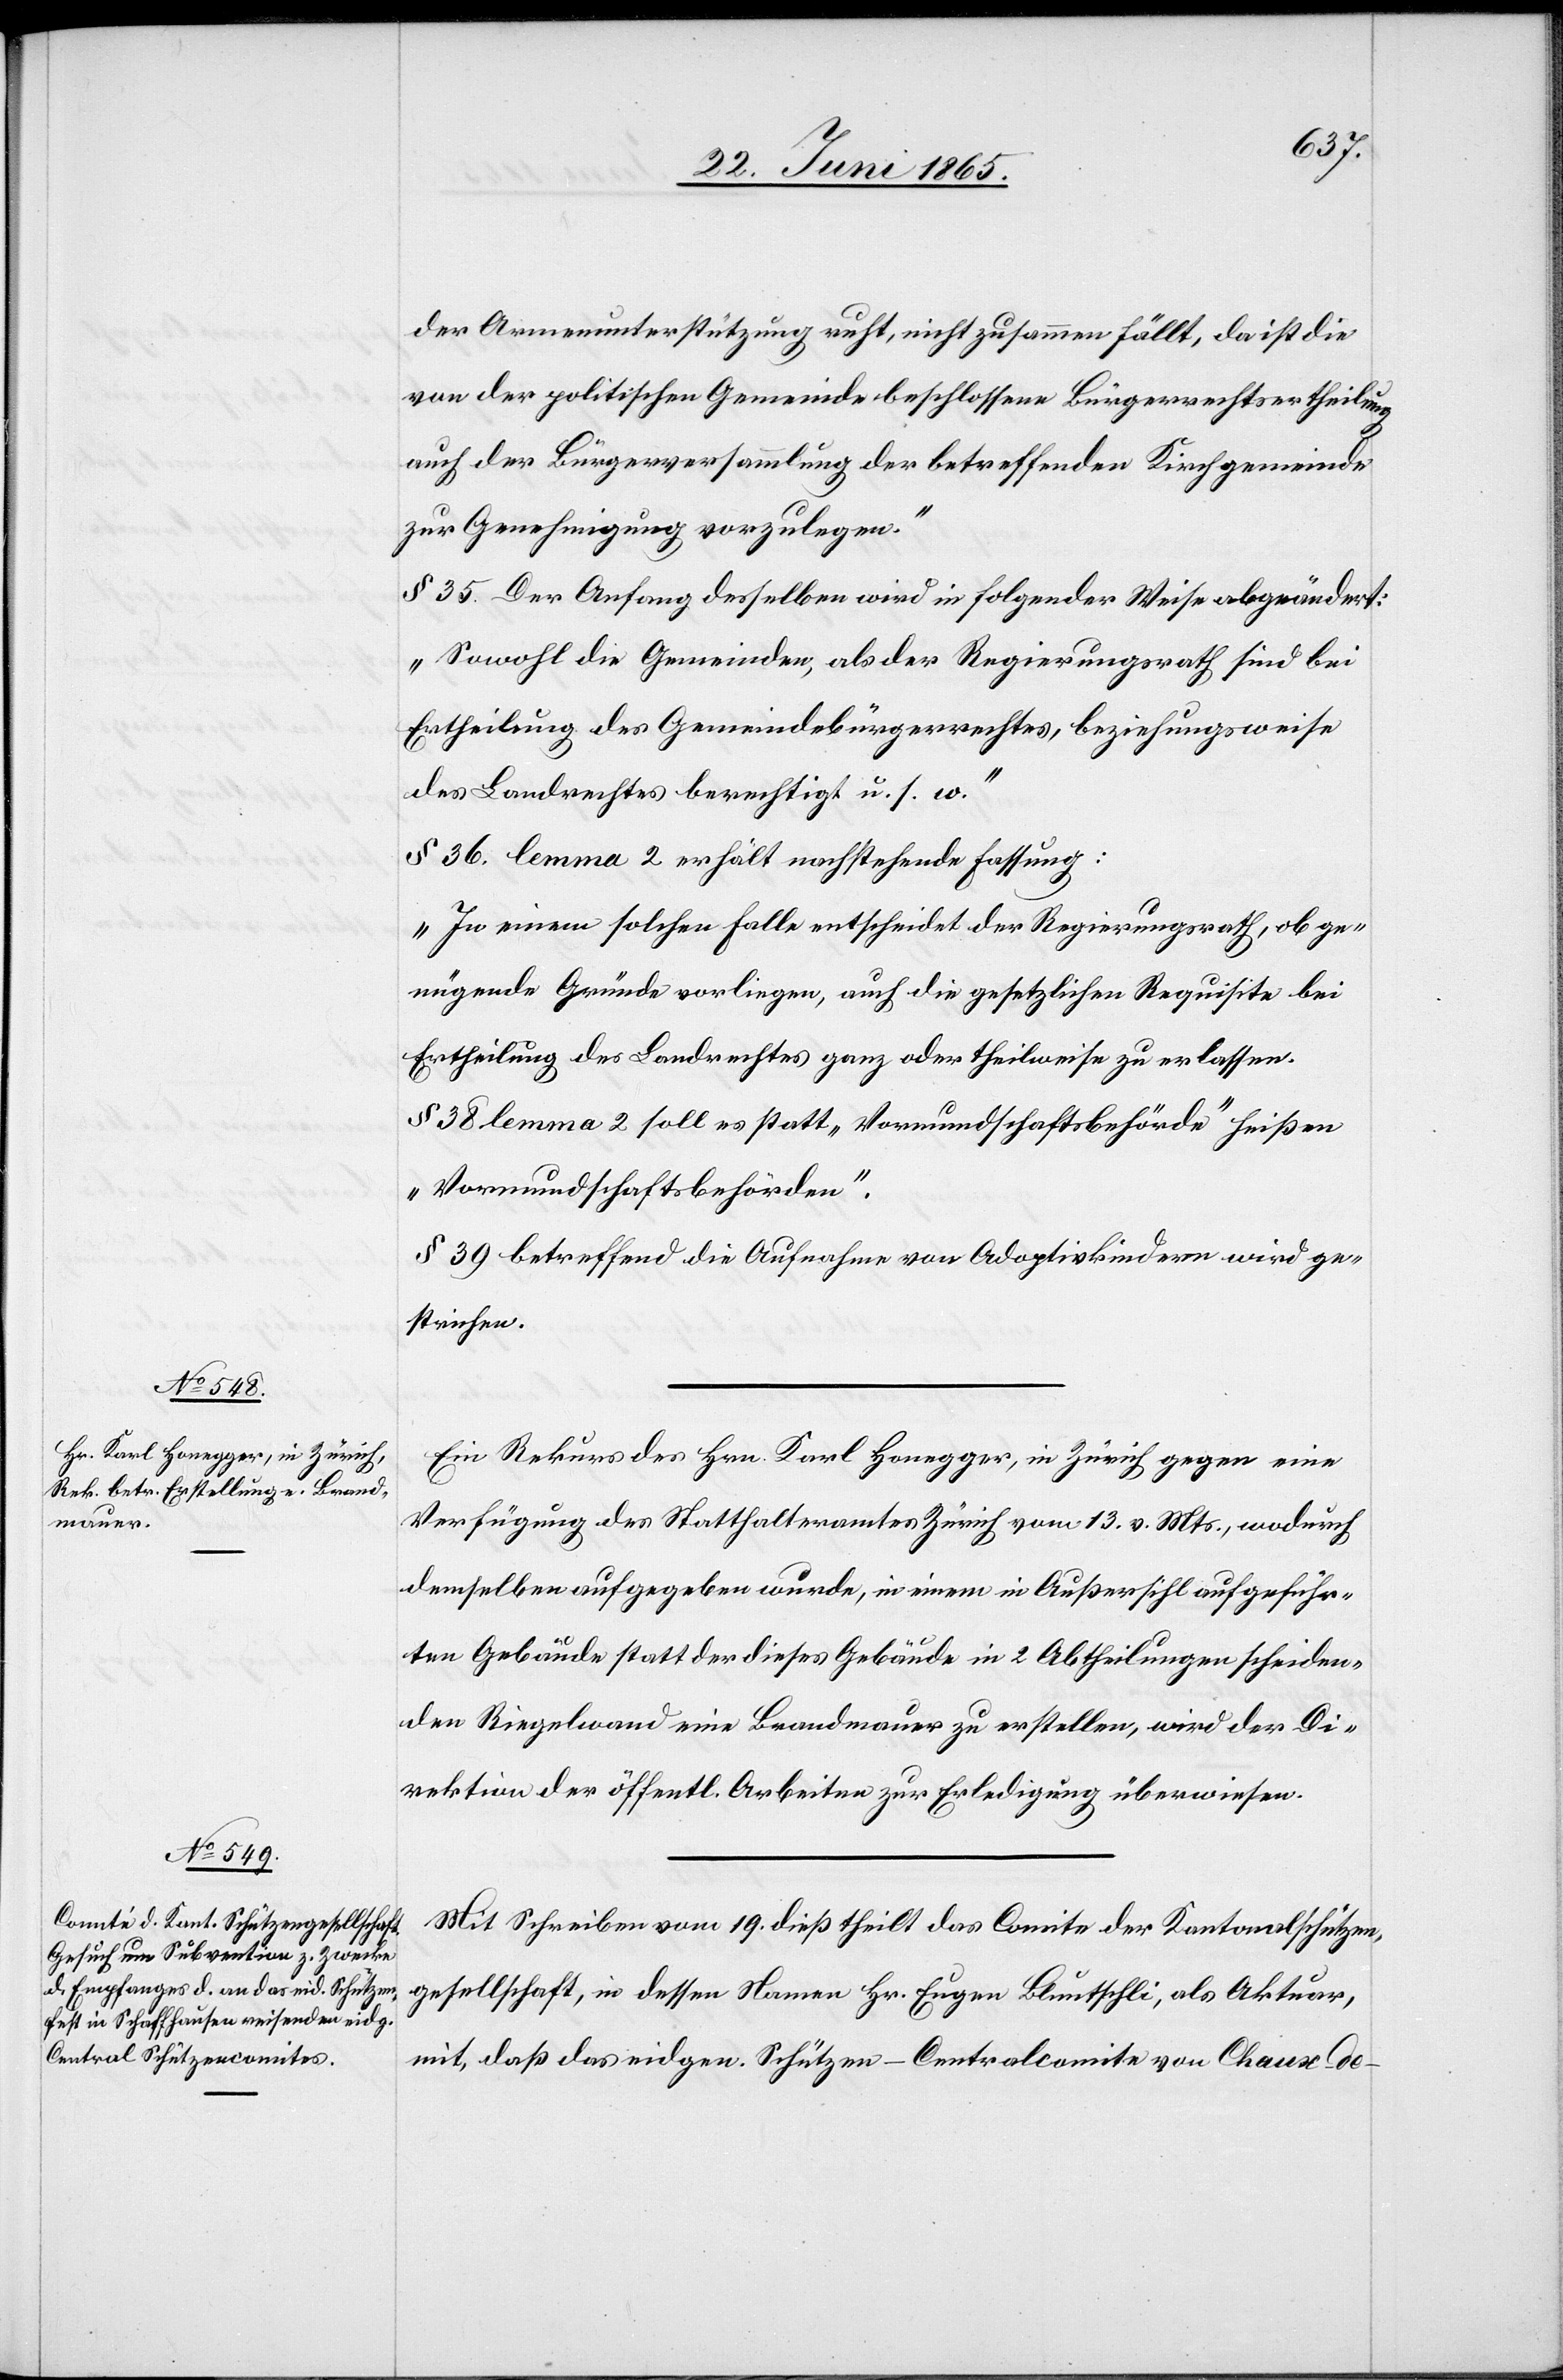
der Armenunterstützung ruht, nicht zusammen fällt, da ist die
von der politischen Gemeinde beschlossen Bürgerrechtsertheilung
auch der Bürgerversammlung der betreffenden Kirchgemeinde
zur Genehmigung vorzulegen.“
§ 35. Der Anfang desselben wird in folgender Weise abgeändert:
„Sowohl die Gemeinde, als der Regierungsrath sind bei
Ertheilung des Gemeindebürgerrechtes, beziehungsweise
des Landrechtes berechtigt u. s. w.“
§ 36. lemma 2 erhält nachstehende Fassung:
„In einem solchen Falle entscheidet der Regierungsrath, ob ge¬
nügende Gründe vorliegen, auch die gesetzlichen Requisite bei
Ertheilung des Landrechtes ganz oder theilweise zu erlassen.[“]
§ 38 lemma 2 soll es statt „Vormundschaftsbehörde“ heißen
„Vormundschaftsbehörden“.
§ 39 betreffend die Aufnahme von Adoptivkindern wird ge¬
strichen.
Ein Rekurs des Hrn. Karl Honegger, in Zürich gegen eine
Verfügung des Statthalteramtes Zürich vom 13. v. Mts., wodurch
demselben aufgegeben wurde, in einem in Außersihl aufgeführ¬
ten Gebäude statt der dieses Gebäude in 2 Abtheilungen scheiden¬
den Riegelwand eine Brandmauer zu erstellen, wird der Di¬
rektion der öffentl. Arbeiten zur Erledigung überwiesen.
Mit Schreiben vom 19. dieß theilt das Comite der Kantonalschützen¬
gesellschaft, in dessen Namen Hr. Eugen Bluntschli, als Aktuar,
mit, das eidgen. Schützen-Centralcomite von Chaux-de-